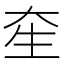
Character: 𤯗